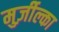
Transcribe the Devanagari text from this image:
मुर्ज़ील्का